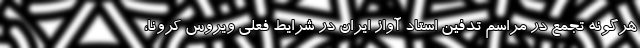
هرگونه تجمع در مراسم تدفین استاد آواز ایران در شرایط فعلی ویروس کرونا،